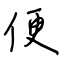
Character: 便